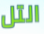
التل